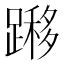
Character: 𨄼